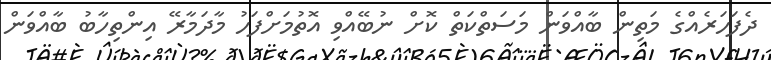
ދެފަހަރެއްގެ މަތިން ބާއްވަން މަސަތްކަތް ކޮށް ނުބޭއްވި އޮތުމަށްފަހު މާދަމާރޭ އިންތިހާބު ބާއްވަން